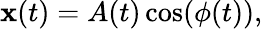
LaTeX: \mathbf{x}(t)=A(t)\cos(\phi(t)),